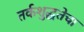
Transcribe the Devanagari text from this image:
तर्कशुद्धतेचा